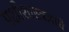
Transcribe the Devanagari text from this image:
पक्षीशास्त्रज्ञांचे